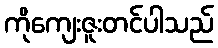
ကိုကျေးဇူးတင်ပါသည်